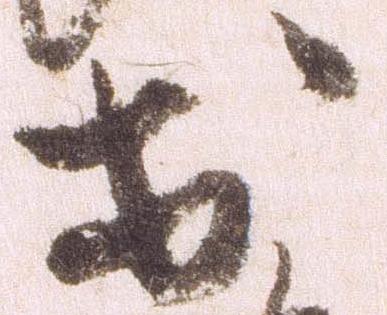
於